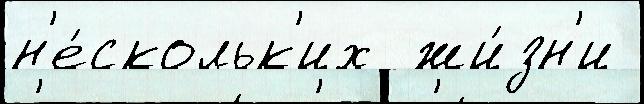
н'е́скольк'их  жи́зн'и